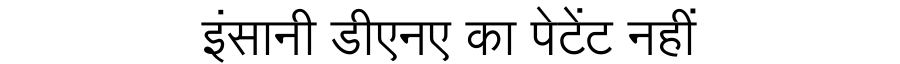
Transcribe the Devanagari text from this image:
इंसानी डीएनए का पेटेंट नहीं